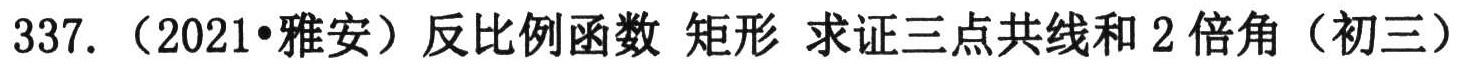
337. （2021•雅安）反比例函数 矩形 求证三点共线和 2倍角（初三）